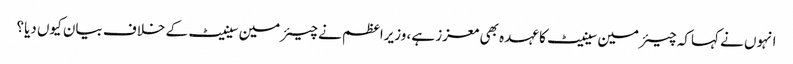
انہوں نے کہاکہ چیئرمین سینیٹ کا عہدہ بھی معزز ہے، وزیراعظم نے چیئرمین سینیٹ کے خلاف بیان کیوں دیا؟